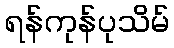
ရန်ကုန်ပုသိမ်